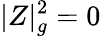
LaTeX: |Z|_{g}^{2}=0